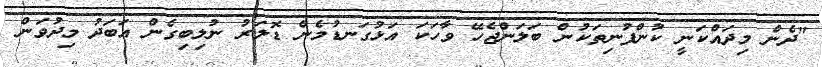
"ދެން މިދައްކަނީ ކުންފުނިތަކުން ބަލަންޖެހޭ ވާހަކަ އަޅުގަނޑުމެން ޑޮލަރު ނުލިބިގެން އަބަދު މިދުވަން